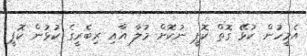
އެމީހުން ކުޅޭ ގޮތް ކޮޕީ ނުކޮށް މުލާ އާއި ރިބެރީގެ ކުޅުން ކޮޕީ